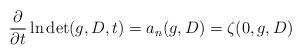
LaTeX: \begin{align*} \frac{\partial }{\partial t} \ln \det(g, D, t) = a_n(g, D) = \zeta(0, g, D) \end{align*}